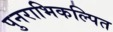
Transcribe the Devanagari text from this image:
पुनराभिकल्पित